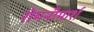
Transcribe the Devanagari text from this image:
रोमनीमार्श